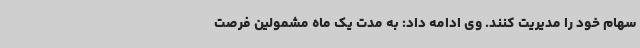
سهام خود را مدیریت کنند. وی ادامه داد: به مدت یک ماه مشمولین فرصت